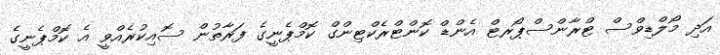
އަދި މޯލްޑިވްސް ޓްރާންސްޕޯރޓް އެންޑް ކޮންޓްރެކްޓިންގް ކޮމްޕެނީގެ ފަރާތުން ސޮއިކުރެއްވީ އެ ކޮމްޕެނީގެ